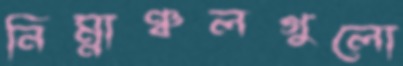
নিম্নাঞ্চলগুলো